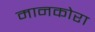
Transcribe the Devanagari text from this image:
मानकोरा